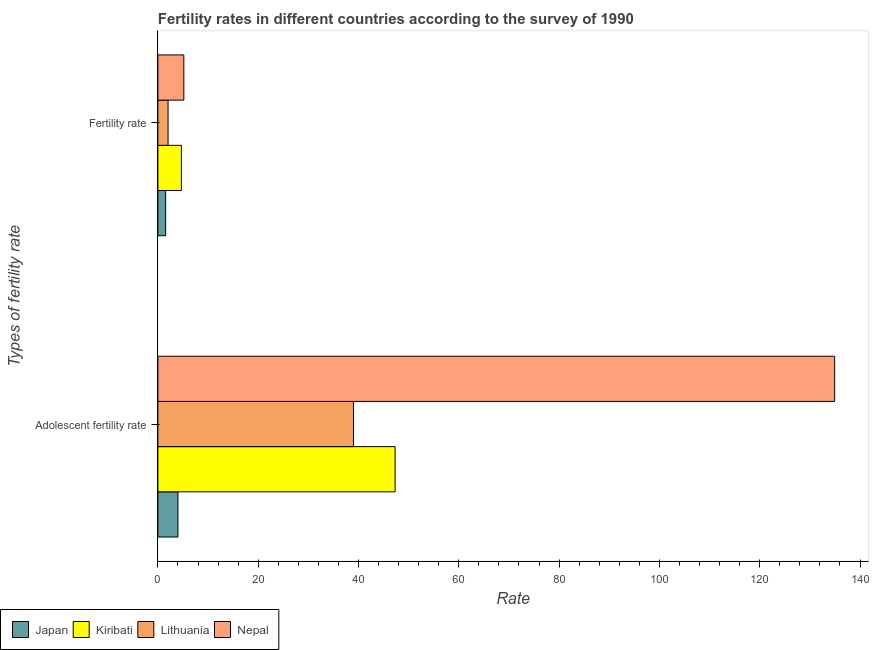
| Types of fertility rate | Japan | Kiribati | Lithuania | Nepal |
 | --- | --- | --- | --- | --- |
 | Adolescent fertility rate | 4 | 47.3 | 39 | 135 |
 | Fertility rate | 1.54 | 4.69 | 2.03 | 5.17 |